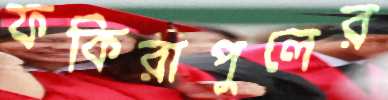
ফকিরাপুলের